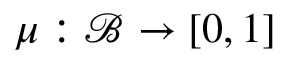
\mu : { \mathcal { B } } \rightarrow [ 0 , 1 ]